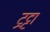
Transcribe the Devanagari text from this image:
ट्रट्टा